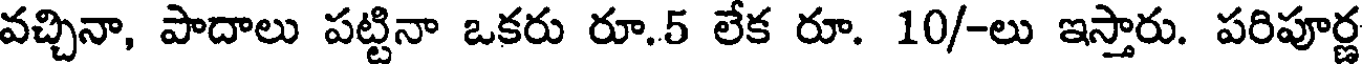
వచ్చినా, పాదాలు పట్టినా ఒకరు రూ.5 లేక రూ. 10/-లు ఇస్తారు. పరిపూర్ణ